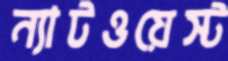
ন্যাটওয়েস্ট